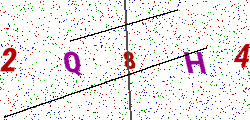
Text: 2Q8H4